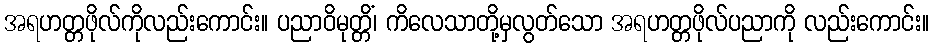
အရဟတ္တဖိုလ်ကိုလည်းကောင်း။ ပညာဝိမုတ္တိံ၊ ကိလေသာတို့မှလွတ်သော အရဟတ္တဖိုလ်ပညာကို လည်းကောင်း။